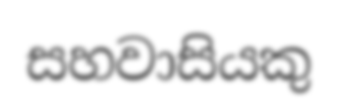
සහවාසියකු